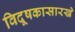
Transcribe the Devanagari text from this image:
विदूषकासारखे